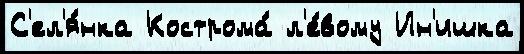
С'ел'я́нка Кострома́ л'е́вому Ин'ишка